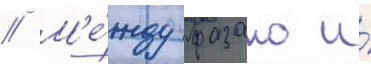
// М'е́жду фазано и́